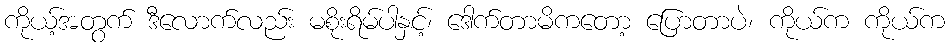
ကိုယ့်အတွက် ဒီလောက်လည်း မစိုးရိမ်ပါနှင့်၊ ဒေါက်တာမိကတော့ ပြောတာပဲ၊ ကိုယ်က ကိုယ်က